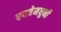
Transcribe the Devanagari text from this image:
रयतेमधुनी